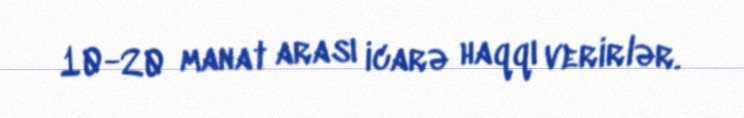
10-20 manat arası icarə haqqı verirlər.